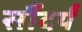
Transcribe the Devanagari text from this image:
सौंदर्यं